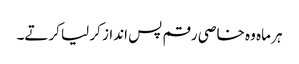
ہر ماہ وہ خاصی رقم پس انداز کر لیا کرتے۔